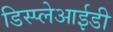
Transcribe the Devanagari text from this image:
डिस्प्लेआईडी